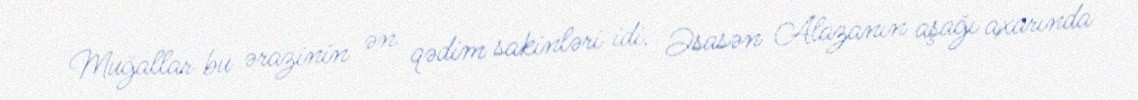
Muğallar bu ərazinin ən qədim sakinləri idi. Əsasən Alazanın aşağı axarında